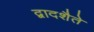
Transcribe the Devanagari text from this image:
द्वादशैते